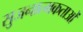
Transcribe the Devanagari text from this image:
सुजनात्मकताओं